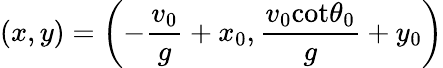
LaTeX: (x,y)=\left(-\frac{v_{0}}{g}+x_{0},\frac{v_{0}\textrm{cot}\theta_{0}}{g}+y_{0}\right)